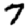
Digit: 7